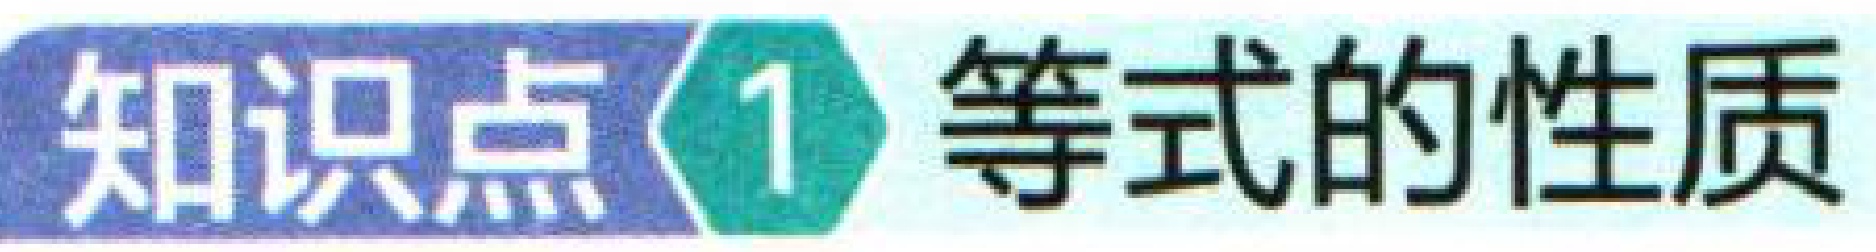
知识点1 等式的性质